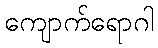
ကျောက်ရောဂါ